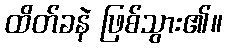
ထိတ်ခနဲ ဖြစ်သွား၏။